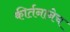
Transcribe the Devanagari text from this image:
कीर्तनानेच